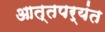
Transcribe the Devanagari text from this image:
आत्तपर्यंत